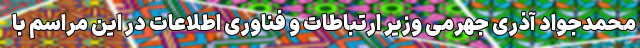
محمدجواد آذری جهرمی وزیر ارتباطات و فناوری اطلاعات در این مراسم با